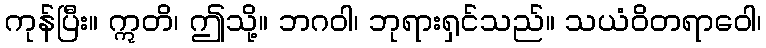
ကုန်ပြီး။ ဣတိ၊ ဤသို့။ ဘဂဝါ၊ ဘုရားရှင်သည်။ သယံဝိတရာဝေါ၊